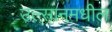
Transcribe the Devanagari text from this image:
उल्सानमधील